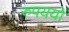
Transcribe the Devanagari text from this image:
रुपययों